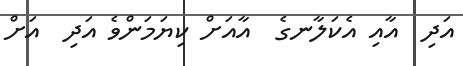
އަދި  އާއި އެކަލާނގެ  އާއަށް ކިޔަމަންވެ އަދި  އަށް